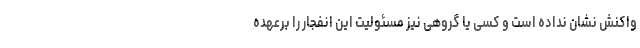
واکنش نشان نداده است و کسی یا گروهی نیز مسئولیت این انفجار را برعهده